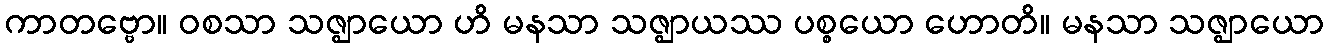
ကာတဗ္ဗော။ ဝစသာ သဇ္ဈာယော ဟိ မနသာ သဇ္ဈာယဿ ပစ္စယော ဟောတိ။ မနသာ သဇ္ဈာယော